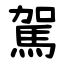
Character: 駕